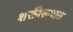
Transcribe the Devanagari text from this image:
शक्तीरूपात